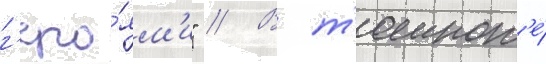
г'еро́ям'и" // В т'емнот'е́